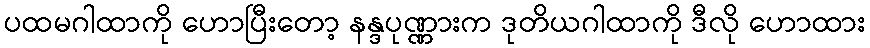
ပထမဂါထာကို ဟောပြီးတော့ နန္ဒပုဏ္ဏားက ဒုတိယဂါထာကို ဒီလို ဟောထား